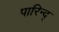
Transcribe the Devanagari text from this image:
पारिन्द्